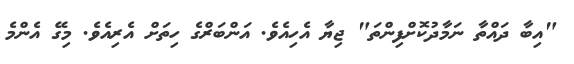
"އިބާ ދައްތާ ނަމާދުކޮށްފިންތަ" ޖިޔާ އެހިއެވެ. އަންބަރްގެ ހިތަށް އެރިއެވެ. މިގޭ އެންމެ